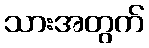
သားအတွက်